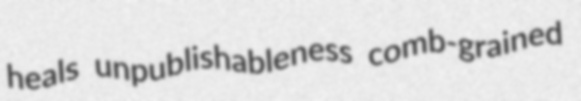
heals unpublishableness comb-grained